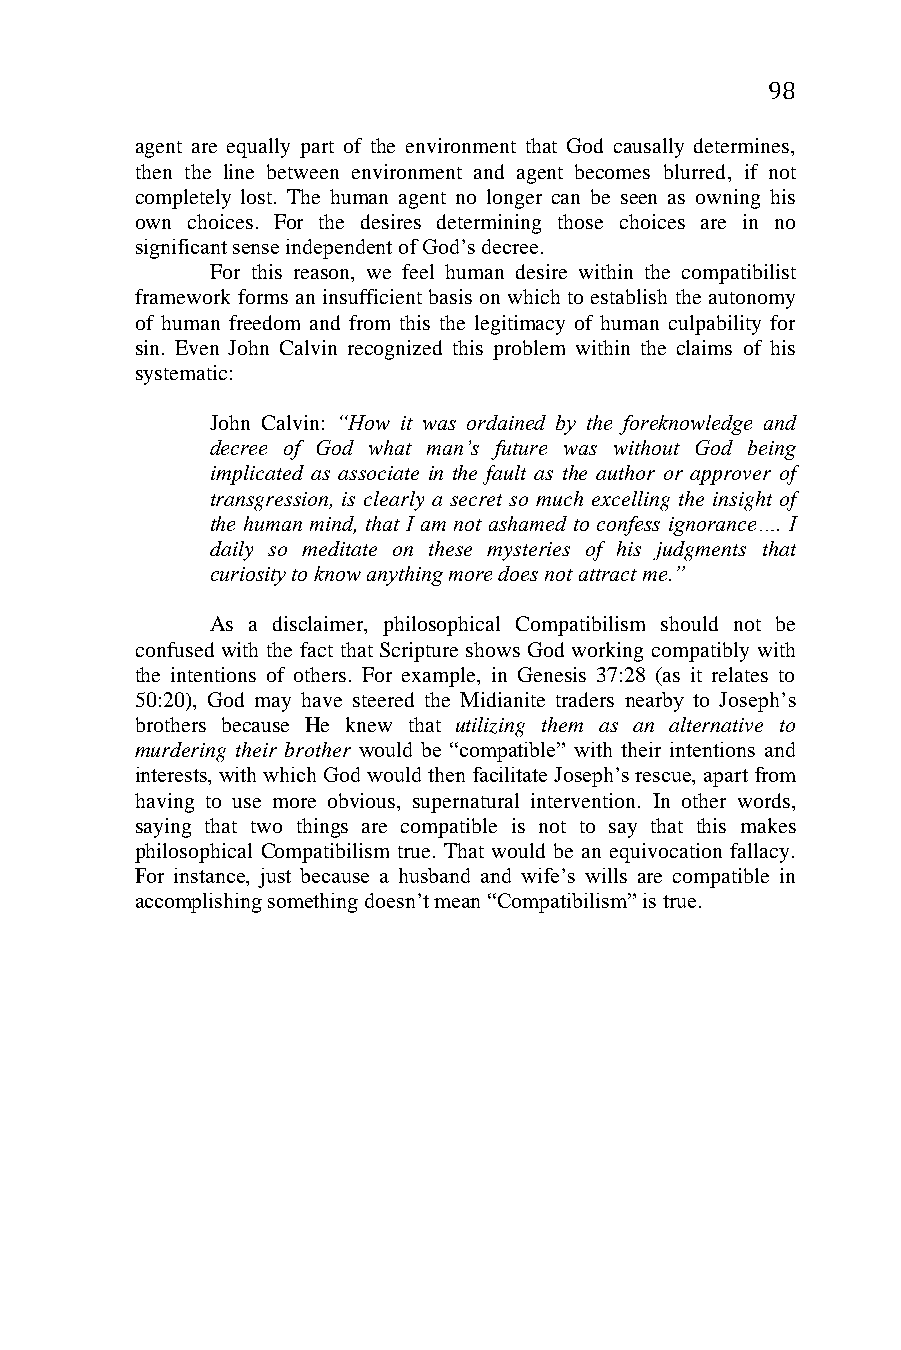
98
 agent are equally part of the environment that God causally determines,
 then the line between environment and agent becomes blurred, if not
 completely lost. The human agent no longer can be seen as owning his
 own choices. For the desires determining those choices are in no
 significant sense independent of God’s decree.
 For this reason, we feel human desire within the compatibilist
 framework forms an insufficient basis on which to establish the autonomy
 of human freedom and from this the legitimacy of human culpability for
 sin. Even John Calvin recognized this problem within the claims of his
 systematic:
 John Calvin: “How it was ordained by the foreknowledge and
 decree of God what man’s future was without God being
 implicated as associate in the fault as the author or approver of
 transgression, is clearly a secret so much excelling the insight of
 the human mind, that I am not ashamed to confess ignorance…. I
 daily so meditate on these mysteries of his judgments that
 curiosity to know anything more does not attract me.”
 As a disclaimer, philosophical Compatibilism should not be
 confused with the fact that Scripture shows God working compatibly with
 the intentions of others. For example, in Genesis 37:28 (as it relates to
 50:20), God may have steered the Midianite traders nearby to Joseph’s
 brothers because He knew that utilizing them as an alternative to
 murdering their brother would be “compatible” with their intentions and
 interests, with which God would then facilitate Joseph’s rescue, apart from
 having to use more obvious, supernatural intervention. In other words,
 saying that two things are compatible is not to say that this makes
 philosophical Compatibilism true. That would be an equivocation fallacy.
 For instance, just because a husband and wife’s wills are compatible in
 accomplishing something doesn’t mean “Compatibilism” is true.